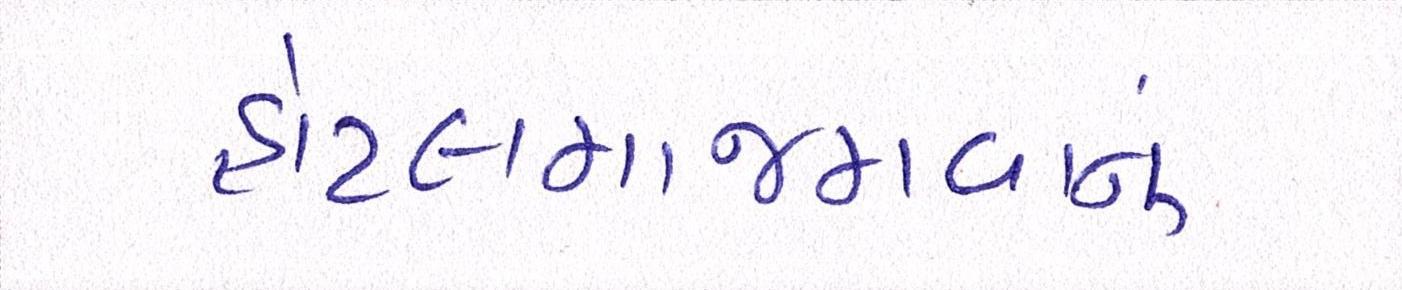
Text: હોટલમાજમવાનું